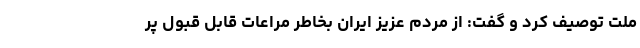
ملت توصیف کرد و گفت: از مردم عزیز ایران بخاطر مراعات قابل قبول پر